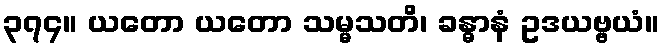
၃၇၄။ ယတော ယတော သမ္မသတိ၊ ခန္ဓာနံ ဥဒယဗ္ဗယံ။